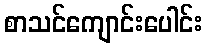
စာသင်ကျောင်းပေါင်း